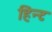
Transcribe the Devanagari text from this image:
हिन्ट